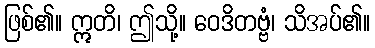
ဖြစ်၏။ ဣတိ၊ ဤသို့။ ဝေဒိတဗ္ဗံ၊ သိအပ်၏။